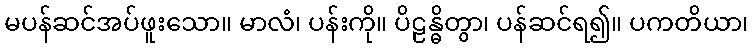
မပန်ဆင်အပ်ဖူးသော။ မာလံ၊ ပန်းကို။ ပိဠန္ဓိတွာ၊ ပန်ဆင်ရ၍။ ပကတိယာ၊